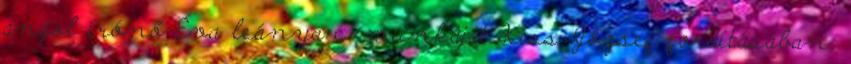
angol írónő Éva leánya c. munkáját Kiss József fordításában,